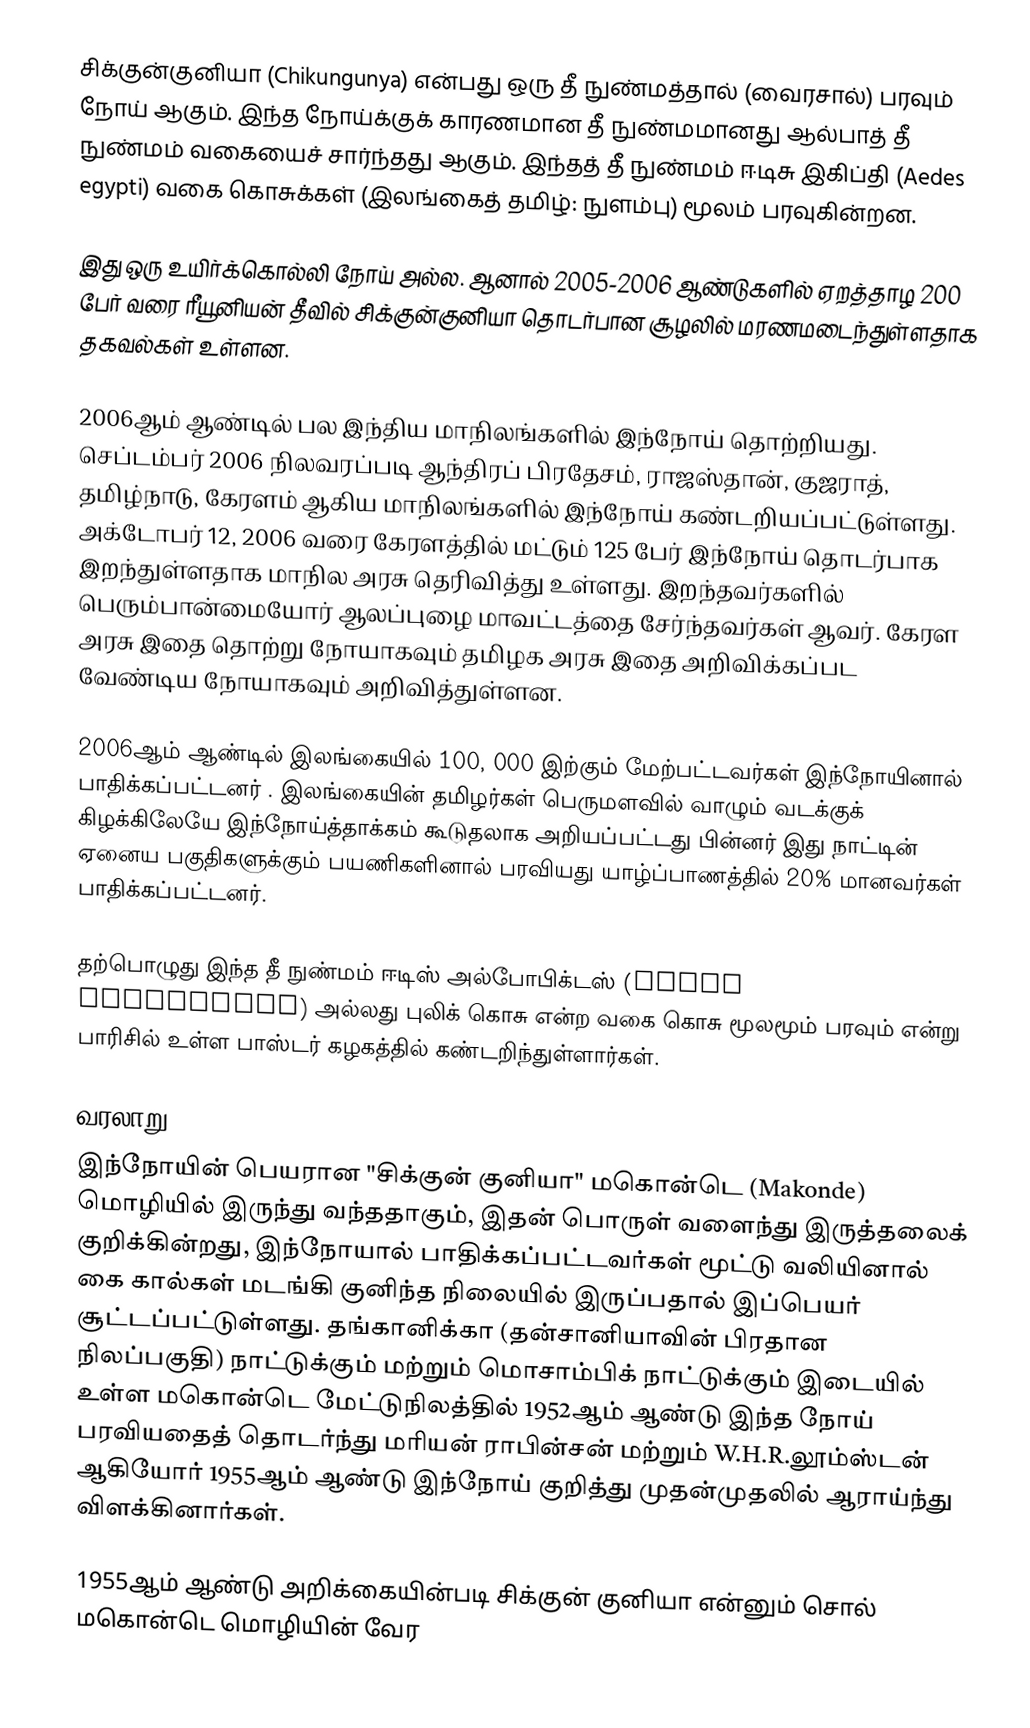
சிக்குன்குனியா (Chikungunya) என்பது ஒரு தீ நுண்மத்தால் (வைரசால்) பரவும் நோய் ஆகும். இந்த நோய்க்குக் காரணமான தீ நுண்மமானது ஆல்பாத் தீ நுண்மம் வகையைச் சார்ந்தது ஆகும். இந்தத் தீ நுண்மம் ஈடிசு இகிப்தி (Aedes egypti) வகை கொசுக்கள் (இலங்கைத் தமிழ்: நுளம்பு) மூலம் பரவுகின்றன.

இது ஒரு உயிர்க்கொல்லி நோய் அல்ல. ஆனால் 2005-2006 ஆண்டுகளில் ஏறத்தாழ 200 பேர் வரை ரீயூனியன் தீவில் சிக்குன்குனியா தொடர்பான சூழலில் மரணமடைந்துள்ளதாக தகவல்கள் உள்ளன.

2006ஆம் ஆண்டில் பல இந்திய மாநிலங்களில் இந்நோய் தொற்றியது. செப்டம்பர் 2006 நிலவரப்படி ஆந்திரப் பிரதேசம், ராஜஸ்தான், குஜராத், தமிழ்நாடு, கேரளம் ஆகிய மாநிலங்களில் இந்நோய் கண்டறியப்பட்டுள்ளது. அக்டோபர் 12, 2006 வரை கேரளத்தில் மட்டும் 125 பேர் இந்நோய் தொடர்பாக இறந்துள்ளதாக மாநில அரசு தெரிவித்து உள்ளது. இறந்தவர்களில் பெரும்பான்மையோர் ஆலப்புழை மாவட்டத்தை சேர்ந்தவர்கள் ஆவர். கேரள அரசு இதை தொற்று நோயாகவும் தமிழக அரசு இதை அறிவிக்கப்பட வேண்டிய நோயாகவும் அறிவித்துள்ளன.

2006ஆம் ஆண்டில் இலங்கையில் 100, 000 இற்கும் மேற்பட்டவர்கள் இந்நோயினால் பாதிக்கப்பட்டனர் . இலங்கையின் தமிழர்கள் பெருமளவில் வாழும் வடக்குக் கிழக்கிலேயே இந்நோய்த்தாக்கம் கூடுதலாக அறியப்பட்டது பின்னர் இது நாட்டின் ஏனைய பகுதிகளுக்கும் பயணிகளினால் பரவியது   யாழ்ப்பாணத்தில் 20% மானவர்கள் பாதிக்கப்பட்டனர்.

தற்பொழுது இந்த தீ நுண்மம் ஈடிஸ் அல்போபிக்டஸ் (Aedes Albopictus) அல்லது புலிக் கொசு என்ற வகை கொசு மூலமூம் பரவும் என்று பாரிசில் உள்ள பாஸ்டர் கழகத்தில் கண்டறிந்துள்ளார்கள்.

வரலாறு
இந்நோயின் பெயரான "சிக்குன் குனியா" மகொன்டெ (Makonde) மொழியில் இருந்து வந்ததாகும், இதன் பொருள் வளைந்து இருத்தலைக் குறிக்கின்றது, இந்நோயால் பாதிக்கப்பட்டவர்கள் மூட்டு வலியினால் கை கால்கள் மடங்கி குனிந்த நிலையில் இருப்பதால் இப்பெயர் சூட்டப்பட்டுள்ளது. தங்கானிக்கா (தன்சானியாவின் பிரதான நிலப்பகுதி) நாட்டுக்கும் மற்றும் மொசாம்பிக் நாட்டுக்கும் இடையில் உள்ள மகொன்டெ மேட்டுநிலத்தில் 1952ஆம் ஆண்டு இந்த நோய் பரவியதைத் தொடர்ந்து மரியன் ராபின்சன் மற்றும் W.H.R.லூம்ஸ்டன் ஆகியோர் 1955ஆம் ஆண்டு இந்நோய் குறித்து முதன்முதலில் ஆராய்ந்து விளக்கினார்கள்.

1955ஆம் ஆண்டு அறிக்கையின்படி சிக்குன் குனியா என்னும் சொல் மகொன்டெ மொழியின் வேர